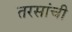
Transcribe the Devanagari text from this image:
तरसांची